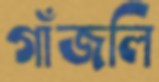
গাঁজলি